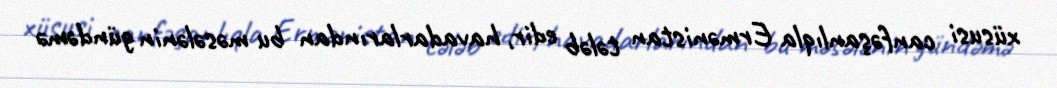
xüsusi canfəşanlıqla Ermənistan tələb edir, havadarlarından bu məsələnin gündəmə